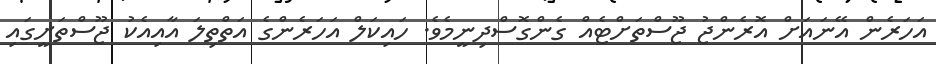
އަހަރެން އޭނައަށް އޮރެންޖު ޖޫސްތަށްޓެއް ގެންގޮސްދިނީމެވެ. ހައިކަލް އަހަރެންގެ އަތްތިލަ އާއިއެކު ޖޫސްތަށީގައި